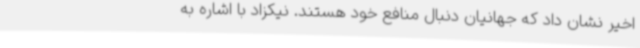
اخیر نشان داد که جهانیان دنبال منافع خود هستند. نیکزاد با اشاره به